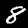
Digit: 8